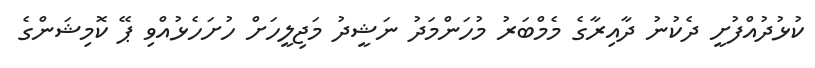
ކުޅުދުއްފުށީ ދެކުނު ދާއިރާގެ މެމްބަރު މުހަންމަދު ނަޝީދު މަޖިލީހަށް ހުށަހެޅުއްވި ޕޭ ކޮމިޝަންގެ